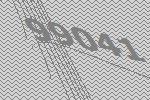
99041